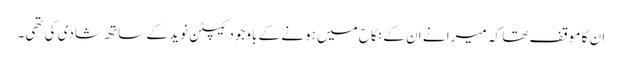
ان کا موقف تھا کہ میرا نے ان کے نکاح میں ہونے کے باوجود کیپٹن نوید کے ساتھ شادی کی تھی۔